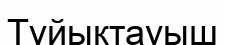
Түйықтауыш